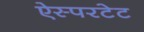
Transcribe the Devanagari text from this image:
ऐस्परटेट